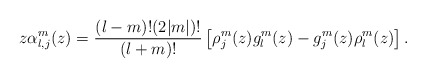
\begin{align*}z\alpha_{l,j}^m(z)=\frac{(l-m)!(2|m|)!}{(l+m)!}\left[\rho_j^m(z)g_l^m(z)-g_j^m(z)\rho_l^m(z)\right].\end{align*}